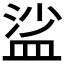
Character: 𥁲